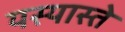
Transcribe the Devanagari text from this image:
यस्यास्ते